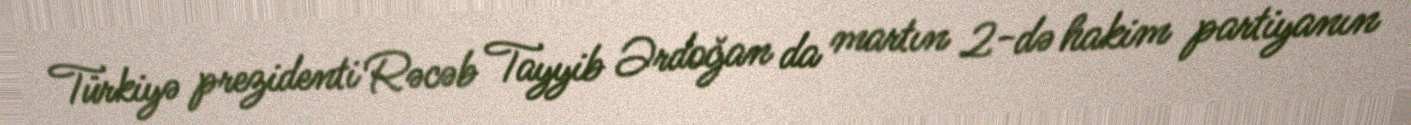
Türkiyə prezidenti Rəcəb Tayyib Ərdoğan da martın 2-də hakim partiyanın